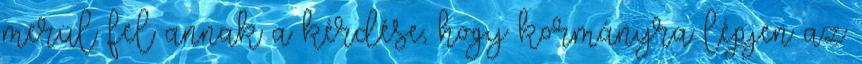
merül fel annak a kérdése, hogy kormányra lépjen az